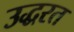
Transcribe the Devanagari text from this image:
उद्धरत